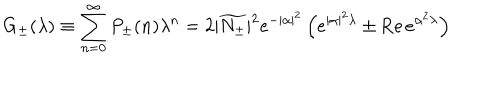
LaTeX: G _ { \pm } ( \lambda ) \equiv \sum _ { n = 0 } ^ { \infty } P _ { \pm } ( n ) \lambda ^ { n } = 2 | \widetilde { N _ { \pm } } | ^ { 2 } e ^ { - | \alpha | ^ { 2 } } \left( e ^ { | \alpha | ^ { 2 } \lambda } \pm \mathrm { R e } \, e ^ { \alpha ^ { 2 } \lambda } \right)